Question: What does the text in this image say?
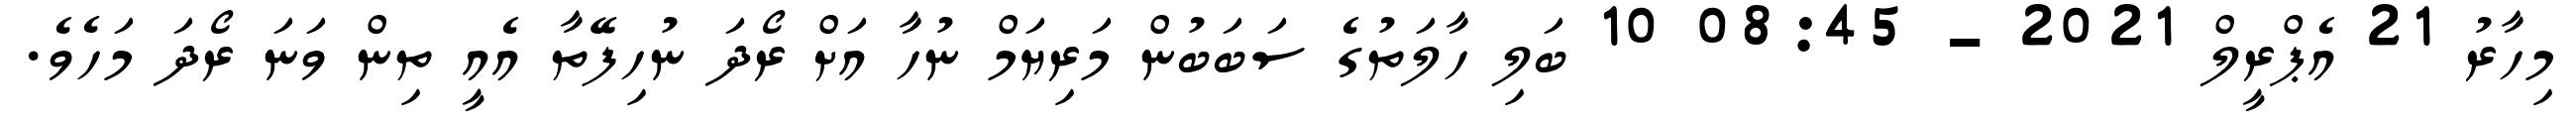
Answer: މިހާރު 21 އެޕްރީލް 2021 - 08:45 10 ބަލި ހާލަތުގެ ސަބަބުން މަރިޔަމް ނުހާ އަށް ރޯދަ ނުހިފޭތާ އެއީ ތިން ވަނަ ރޯދަ މަހެވެ.